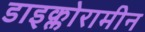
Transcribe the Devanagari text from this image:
डाइक्लोरामीन